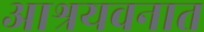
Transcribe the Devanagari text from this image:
आश्रयवनात